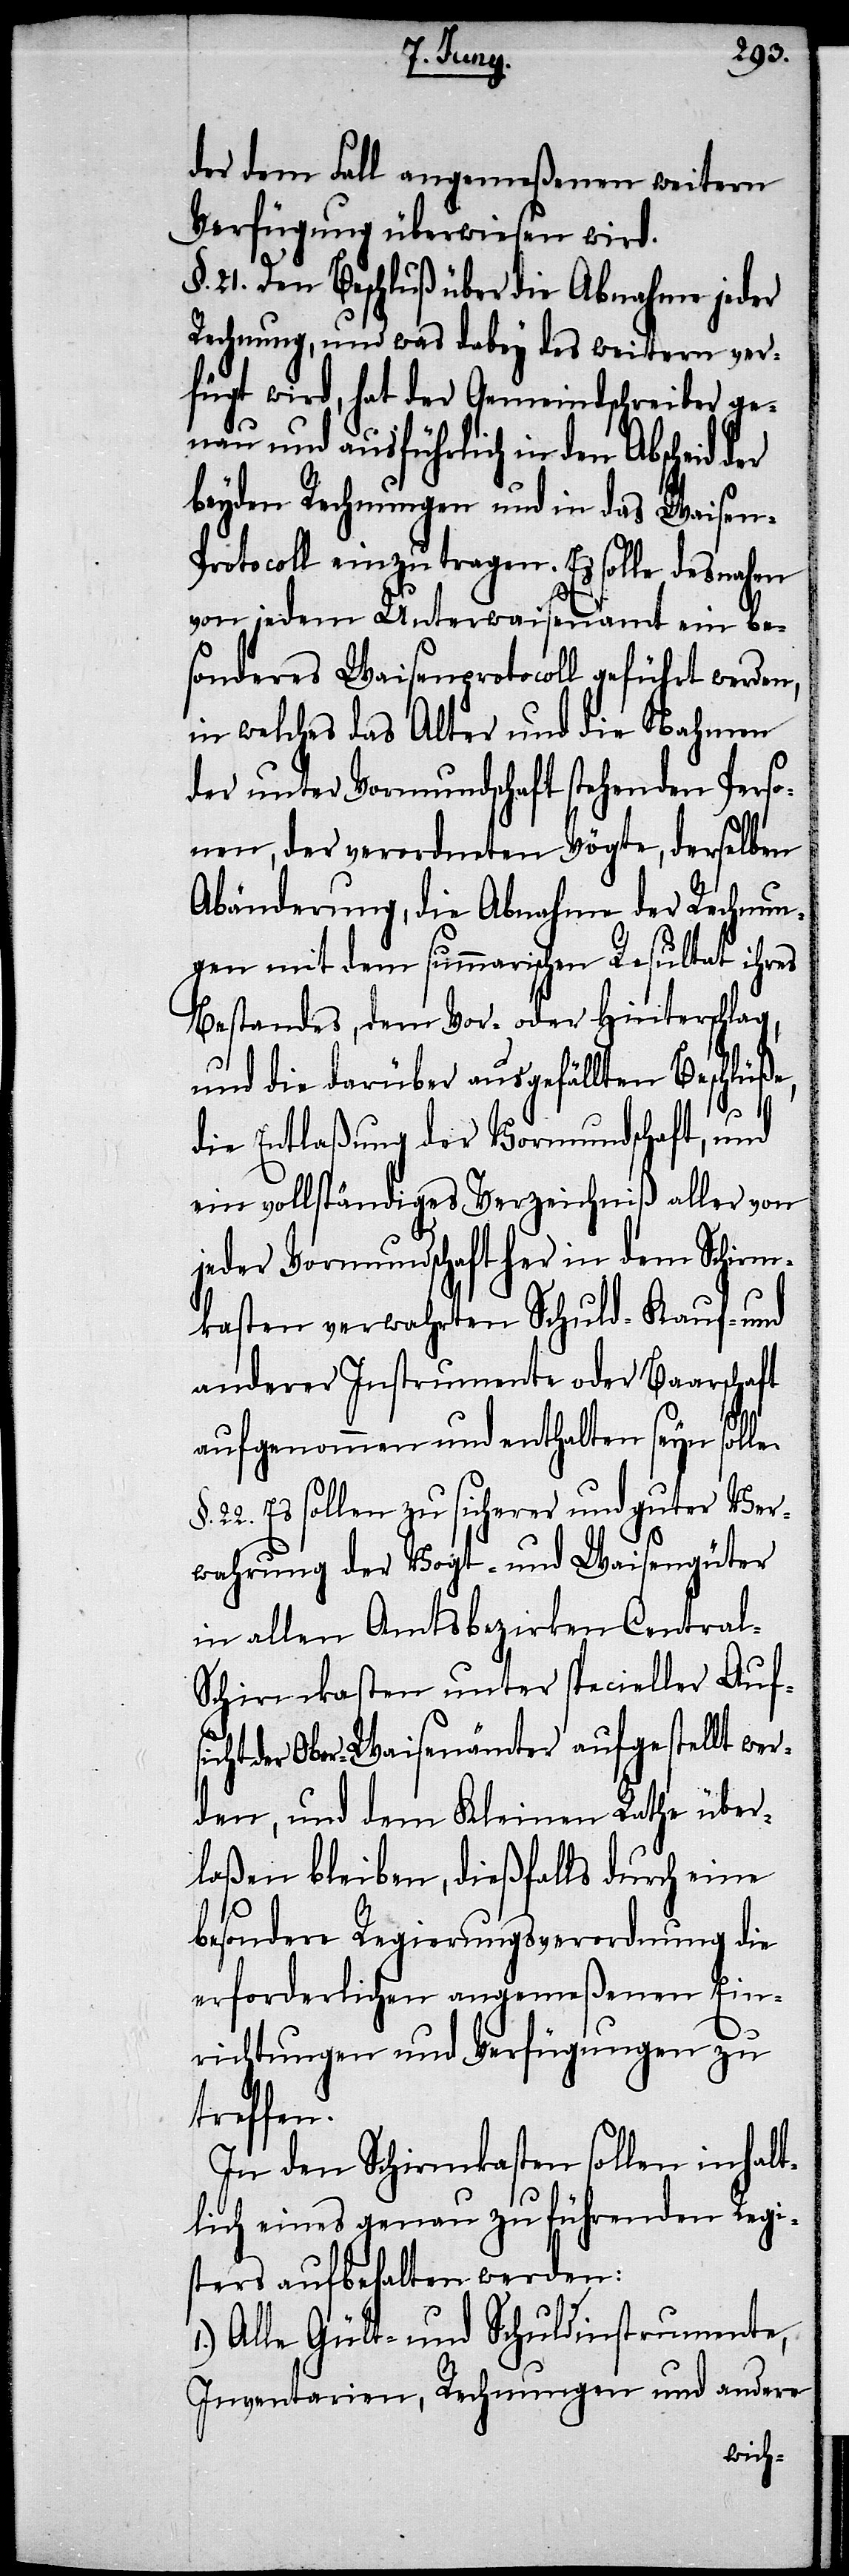
der dem Fall angemeßenen weitern
Verfügung überwiesen wird.
§. 21. Den Beschluß über die Abnahme jeder
Rechnung, und was dabey des weitern ver¬
fügt wird, hat der Gemeindschreiber ge¬
nau und ausführlich in den Abscheid der
beyden Rechnungen und in das Waisen-P¬
rotocoll einzutragen. Es solle desnahen
von jedem Unterwaisenamt ein be¬
sonderes Waisenprotocoll geführt werden,
in welches das Alter und die Nahmen
der unter Vormundschaft stehenden Perso¬
nen, der verordneten Vögte, derselben
Abänderung, die Abnahme der Rechnun¬
gen mit dem summarischen Resultat ihres
Bestandes, dem Vor- und Hinterschlag,
und die darüber ausgefällten Beschlüße,
die Entlaßung der Vormundschaft, und
ein vollständiges Verzeichniß aller von
jeder Vormundschaft her in dem Schirm¬
kasten verwahrten Schuld- Kauf- und
anderer Instrumente oder Baarschaft
aufgenommen und enthalten seyn solle.
22. Es sollen zu sicherer und guter Ver¬
wahrung der Vogt- und Waisengüter
in allen Amtsbezirken Central-S¬
chirmkasten unter specieller Aufs¬
icht der Ober-Waisenämter aufgestellt wer¬
den, und dem Kleinen Rathe über¬
laßen bleiben, dießfalls durch eine
besondere Regierungsverordnung die
erforderlichen angemeßenen Ein¬
richtungen und Verfügungen zu
treffen.
In den Schirmkasten sollen inhalt¬
lich eines genau zu führenden Regi¬
sters aufbehalten werden:
Alle Gült- und Schuldinstrumente,
Inventarien, Rechnungen und andere